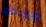
وجودكم